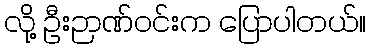
လို့ ဦးဉာဏ်ဝင်းက ပြောပါတယ်။